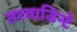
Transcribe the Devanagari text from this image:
तरवाडिन्टे